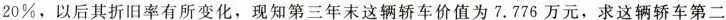
20\%，以后其折旧率有所变化，现知第三年末这辆轿车价值为 7.776 万元，求这辆轿车第二